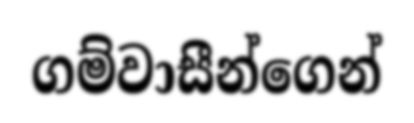
ගම්වාසීන්ගෙන්